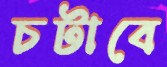
চটাবে